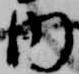
内